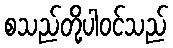
စသည်တို့ပါဝင်သည်